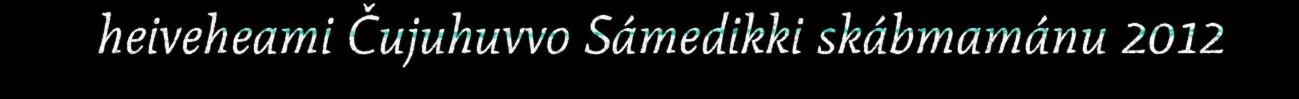
heiveheami Čujuhuvvo Sámedikki skábmamánu 2012